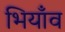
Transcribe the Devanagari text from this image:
भियाँव